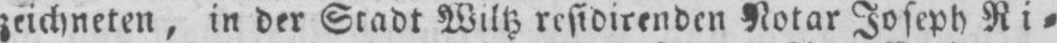
zeichneten, in der Stadt Wiltz residirenden Notar Joseph Ri⸗